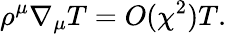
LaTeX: \rho^{\mu}\nabla_{\mu}T=O(\chi^{2})T.